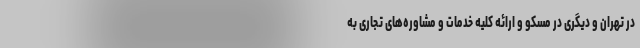
در تهران و دیگری در مسکو و ارائه کلیه خدمات و مشاوره‌های تجاری به